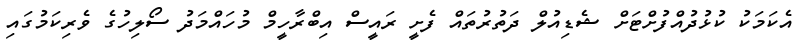
އެކަމަކު ކުޅުދުއްފުށްޓަށް ޝެޑިއުލް ދަތުރުތައް ފެށީ ރައީސް އިބްރާހީމް މުހައްމަދު ސޯލިހުގެ ވެރިކަމުގައި